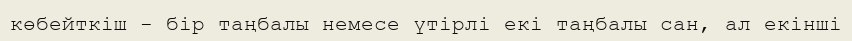
көбейткіш - бір таңбалы немесе үтірлі екі таңбалы сан, ал екінші